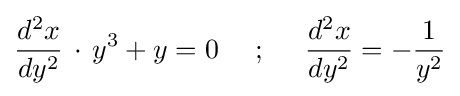
{\frac {d^{2}x}{dy^{2}}}\,\cdot \,y^{3}+y=0{\mbox{ }}{\mbox{ }}{\mbox{ }}{\mbox{ }};{\mbox{ }}{\mbox{ }}{\mbox{ }}{\mbox{ }}{\frac {d^{2}x}{dy^{2}}}=-{\frac {1}{y^{2}}}